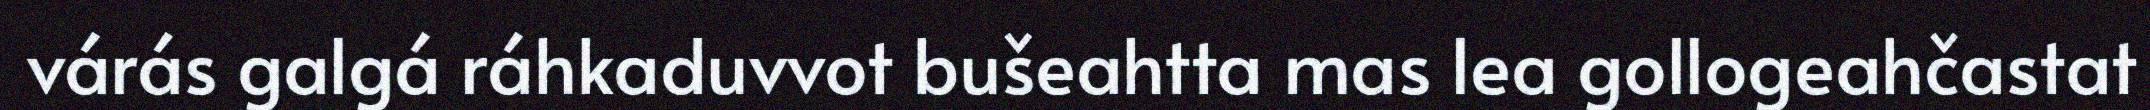
várás galgá ráhkaduvvot bušeahtta mas lea gollogeahčastat